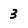
Character: 3